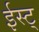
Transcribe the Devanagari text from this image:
ईस्ट्